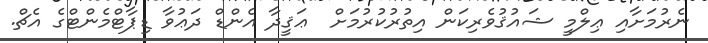
ނެރުމަށާއި ޢިލްމީ ޝައުޤުވެރިކަން އިތުރުކުރުމަށް  ޢަޤީދާ އެންޑް ދަޢުވާ ޑިޕާޓްމެންޓްގެ އެޗް.